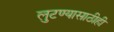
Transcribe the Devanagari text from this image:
लुटण्यासाठीही